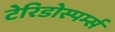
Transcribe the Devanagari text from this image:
टेरिडोस्पर्म्स